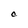
Character: C